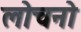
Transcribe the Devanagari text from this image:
लोचनो